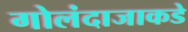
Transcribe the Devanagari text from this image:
गोलंदाजाकडे